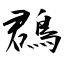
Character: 鵘